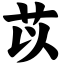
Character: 苡